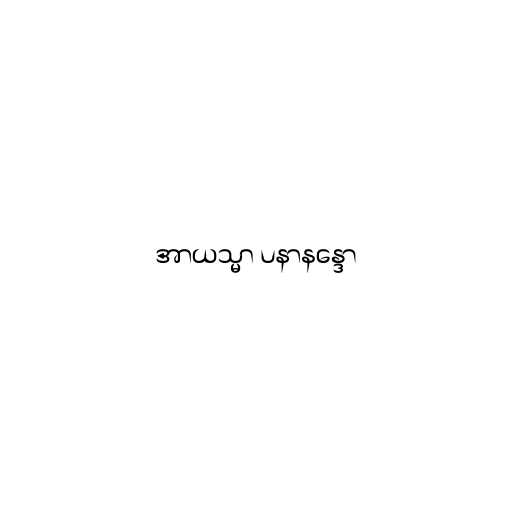
အာယသ္မာ ပနာနန္ဒော